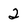
Character: 2